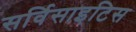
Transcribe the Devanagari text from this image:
सर्विसाइटिस